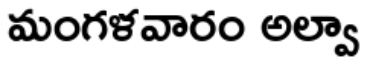
మంగళవారం అల్వా